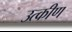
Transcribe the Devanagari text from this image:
उत्कीण